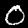
Digit: 0